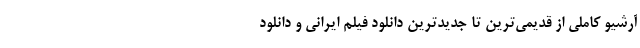
آرشیو کاملی از قدیمی‌ترین تا جدیدترین دانلود فیلم ایرانی و دانلود